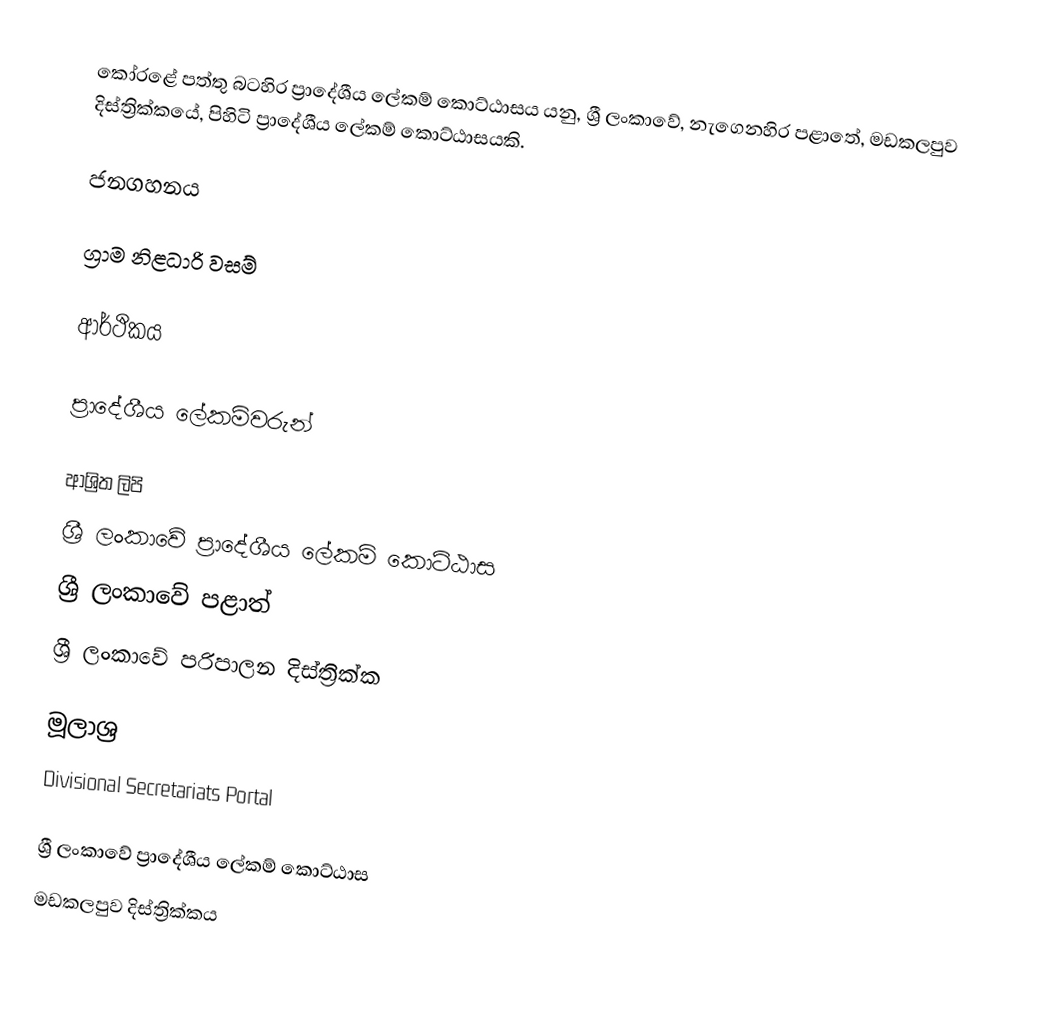
කෝරළේ පත්තු බටහිර ප්‍රාදේශීය ලේකම් කොට්ඨාසය යනු,  ශ්‍රී ලංකාවේ, නැගෙනහිර පළාතේ,   මඩකලපුව දිස්ත්‍රික්කයේ, පිහිටි ප්‍රාදේශීය ලේකම් කොට්ඨාසයකි.

ජනගහනය

ග්‍රාම නිළධාරි වසම්

ආර්ථිකය

ප්‍රාදේශීය ලේකම්වරුන්

ආශ්‍රිත ලිපි
ශ්‍රී ලංකාවේ ප්‍රාදේශීය ලේකම් කොට්ඨාස
ශ්‍රී ලංකාවේ පළාත්
ශ්‍රී ලංකාවේ පරිපාලන දිස්ත්‍රික්ක

මූලාශ්‍ර
 Divisional Secretariats Portal

ශ්‍රී ලංකාවේ ප්‍රාදේශීය ලේකම් කොට්ඨාස
මඩකලපුව දිස්ත්‍රික්කය